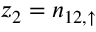
z _ { 2 } = n _ { 1 2 , \uparrow }